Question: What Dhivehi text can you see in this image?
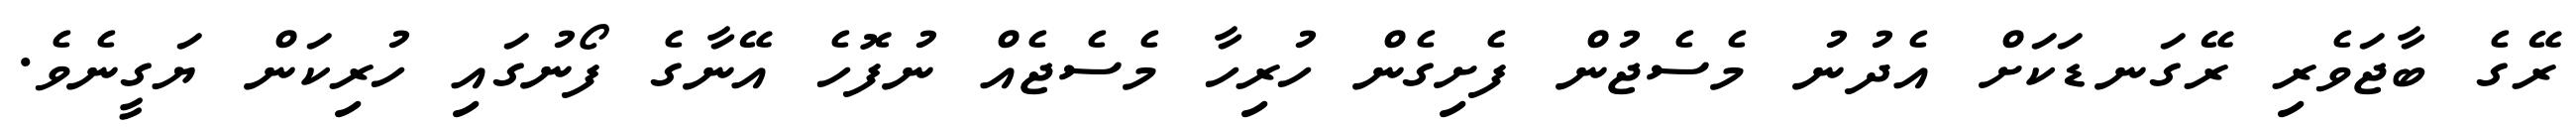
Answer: ރޭގެ ބާޖަވެރި ރޭގަނޑަކަށް އެދުނު މެސެޖުން ފެށިގެން ހުރިހާ މެސެޖެއް ނުފޮހެ އޭނާގެ ފޯނުގައި ހުރިކަން ޔަގީނެވެ.